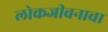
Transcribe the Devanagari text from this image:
लोकजीवनाचा